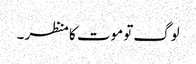
لوگ تو موت کا منظر ۔